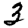
Digit: 3